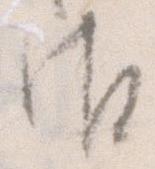
御